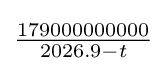
{\tfrac {179000000000}{2026.9-t}}